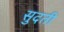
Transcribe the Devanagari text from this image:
सुदती